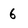
Character: 6